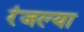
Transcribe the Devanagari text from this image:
रंजल्या